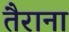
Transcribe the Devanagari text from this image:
तैराना